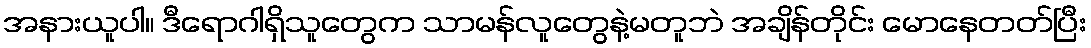
အနားယူပါ။ ဒီရောဂါရှိသူတွေက သာမန်လူတွေနဲ့မတူဘဲ အချိန်တိုင်း မောနေတတ်ပြီး